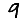
Digit: 9